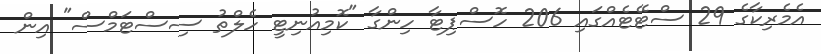
އެމެރިކާގެ 29 ސްޓޭޓެއްގައި 206 ހޮސްޕިޓާ ހިންގާ "ކޮމިއުނިޓީ ހެލްތު ސިސްޓަމްސް" އިން